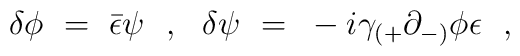
\delta \phi ~=~ {\bar \epsilon} \psi~~,~~ \delta \psi~=~-i\gamma_{(+}\partial_{-)} \phi \epsilon~~,